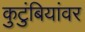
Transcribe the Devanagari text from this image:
कुटुंबियांवर